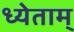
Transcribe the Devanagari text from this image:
ध्येताम्